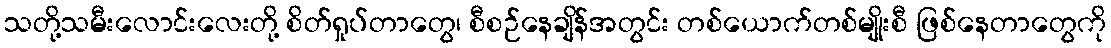
သတို့သမီးလောင်းလေးတို့ စိတ်ရှုပ်တာတွေ၊ စီစဉ်နေချိန်အတွင်း တစ်ယောက်တစ်မျိုးစီ ဖြစ်နေတာတွေကို